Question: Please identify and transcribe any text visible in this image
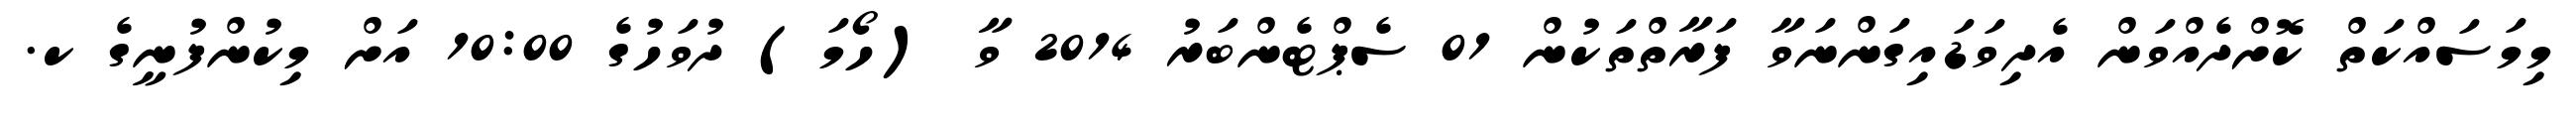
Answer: މިމަސައްކަތް ކޮށްދެއްވަން އެދިވަޑައިގަންނަވާ ފަރާތްތަކުން 01 ސެޕްޓެންބަރު 2014 ވާ (ހޯމަ) ދުވަހުގެ 10:00 އަށް މިކުންފުނީގެ ކ.